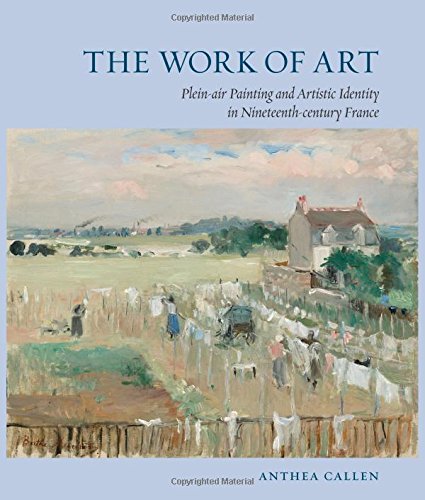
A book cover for The Work of Art: Plein Air Painting and Artistic Identity in Nineteenth-Century France; Anthea Callen; Arts & Photography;